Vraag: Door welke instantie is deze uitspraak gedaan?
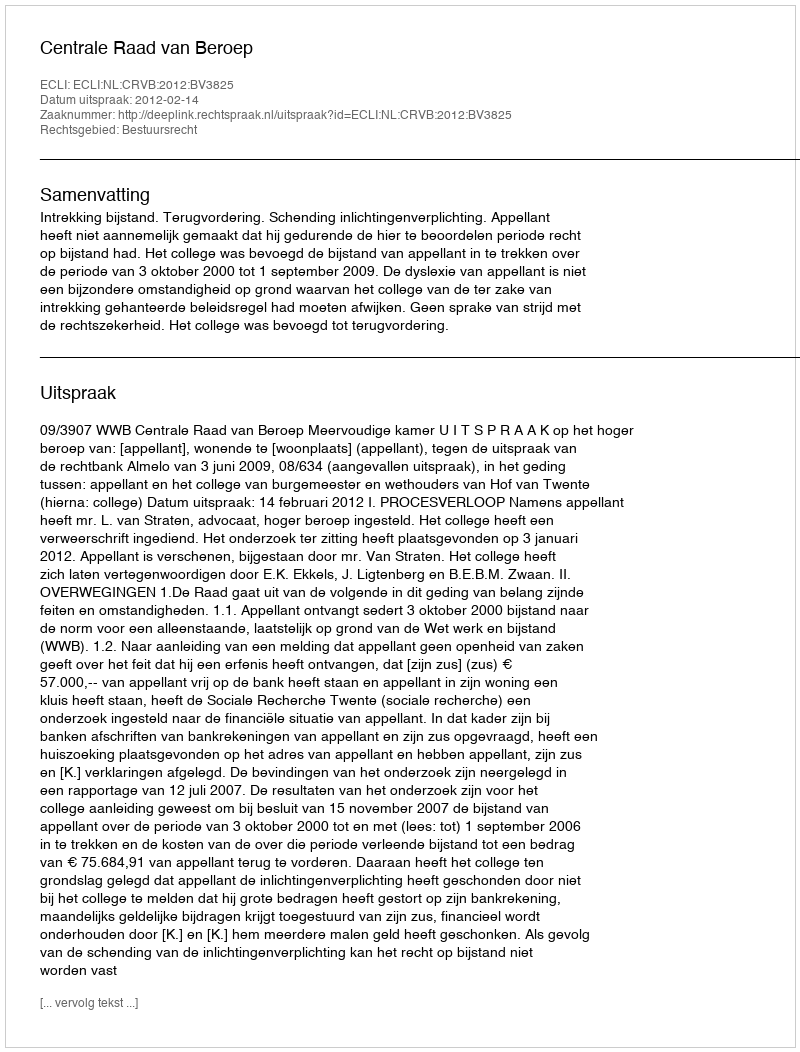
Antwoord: Centrale Raad van Beroep